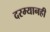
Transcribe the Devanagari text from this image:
दरम्यानही